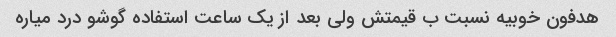
هدفون خوبیه نسبت ب قیمتش ولی بعد از یک ساعت استفاده گوشو درد میاره